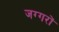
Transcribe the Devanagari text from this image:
जग्गरों